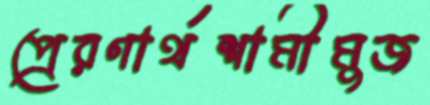
প্রেরণার্থশামীমুজ